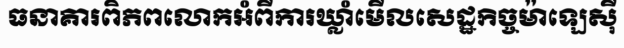
ធនាគារពិភពលោកអំពីការឃ្លាំមើលសេដ្ឋកិច្ចម៉ាឡេស៊ី